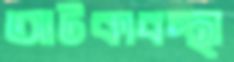
আটকাবস্থা